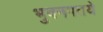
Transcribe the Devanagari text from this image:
भुवनपतये